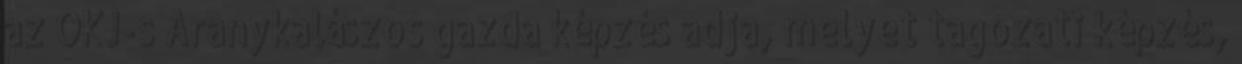
az OKJ-s Aranykalászos gazda képzés adja, melyet tagozati képzés,